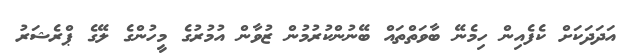
އަދަދަކަށް ކެފެއިން ހިމެނޭ ބާވަތްތައް ބޭނުންކުރުމުން ޒުވާން އުމުރުގެ މީހުންގެ ލޭގެ ޕްރެޝަރު